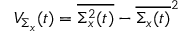
{ \cal V } _ { \Sigma _ { x } } ( t ) = \overline { { \Sigma _ { x } ^ { 2 } ( t ) } } - \overline { { \Sigma _ { x } ( t ) } } ^ { 2 }